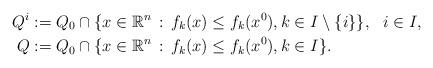
LaTeX: \begin{align*}Q^i&:=Q_0\cap\{x\in \mathbb{R}^n\,:\, f_k(x)\leq f_k(x^0), k\in I\setminus\{i\}\}, \ \ i \in I,\\Q&:=Q_0\cap\{x\in \mathbb{R}^n\,:\, f_k(x)\leq f_k(x^0), k\in I\}.\end{align*}